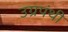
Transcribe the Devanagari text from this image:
उग्रपंथी